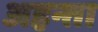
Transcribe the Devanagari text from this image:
अहन्ता